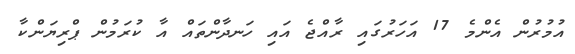
އުމުރުން އެންމެ 17 އަހަރުގައި ރާއްޖެ އައި ހަނދާންތައް އާ ކުރަމުން ޕްރިޔަންކާ